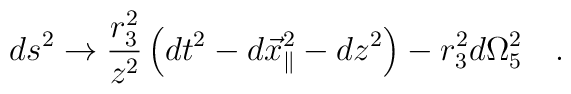
ds^2 \rightarrow {\frac{r_3^2}{z^2}} \left(dt^2 -d{\vec{x}}_\parallel^2 - dz^2\right) - r_3^2 d\Omega_5^2 \quad .